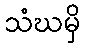
သံဃမှိ